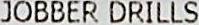
JOBBER DRILLS